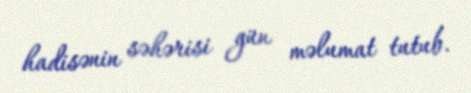
hadisənin səhərisi gün məlumat tutub.